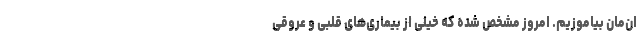
ان‌مان بیاموزیم. امروز مشخص شده که خیلی از بیماری‌‌های قلبی و عروقی